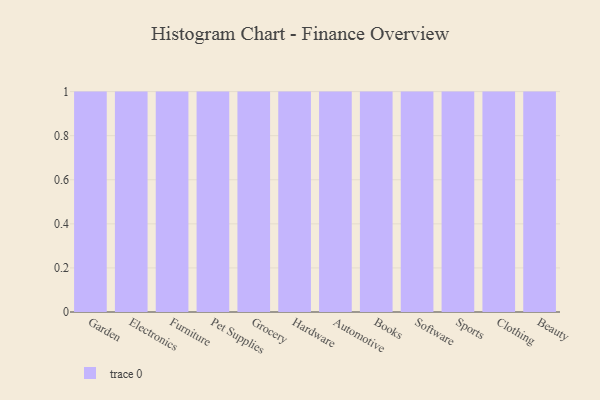
{"axis": {"x": "Category", "y": "Market Share (%)"}, "legend": [""], "data": [{"x": "Garden", "y": 66, "type": ""}, {"x": "Electronics", "y": 15, "type": ""}, {"x": "Furniture", "y": 78, "type": ""}, {"x": "Pet Supplies", "y": 83, "type": ""}, {"x": "Grocery", "y": 23, "type": ""}, {"x": "Hardware", "y": 67, "type": ""}, {"x": "Automotive", "y": 96, "type": ""}, {"x": "Books", "y": 92, "type": ""}, {"x": "Software", "y": 77, "type": ""}, {"x": "Sports", "y": 63, "type": ""}, {"x": "Clothing", "y": 87, "type": ""}, {"x": "Beauty", "y": 32, "type": ""}]}